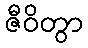
ဇီဝိတွာ